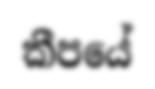
කීපයේ